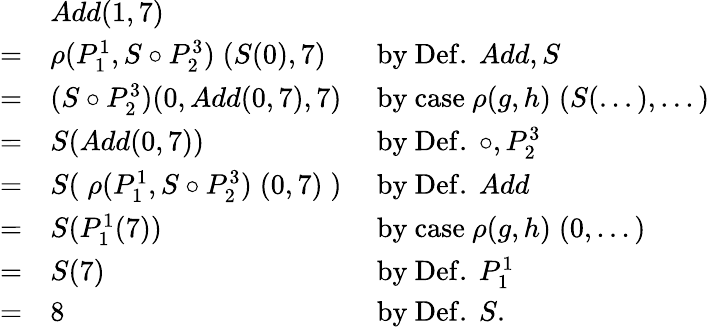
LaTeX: {\begin{array}{lll}&{Add(1,7)}\\ {=}&{\rho(P_{1}^{1},S\circ P_{2}^{3})\; (S(0),7)}&{{\mathrm{~by~Def.~}}Add,S}\\ {=}&{(S\circ P_{2}^{3})(0,Add(0,7),7)}&{{\mathrm{~by~case~}}\rho(g,h)\; (S(...),...)}\\ {=}&{S(Add(0,7))}&{{\mathrm{~by~Def.~}}\circ,P_{2}^{3}}\\ {=}&{S(\; \rho(P_{1}^{1},S\circ P_{2}^{3})\; (0,7)\; )}&{{\mathrm{~by~Def.~}}Add}\\ {=}&{S(P_{1}^{1}(7))}&{{\mathrm{~by~case~}}\rho(g,h)\; (0,...)}\\ {=}&{S(7)}&{{\mathrm{~by~Def.~}}P_{1}^{1}}\\ {=}&{8}&{{\mathrm{~by~Def.~}}S.}\end{array}}